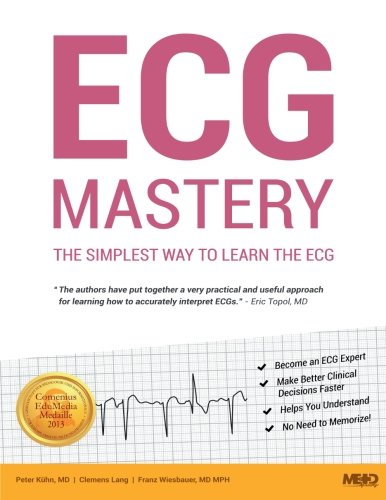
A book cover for ECG Mastery: The Simplest Way to Learn the ECG; Peter KÃ¼hn MD; Medical Books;